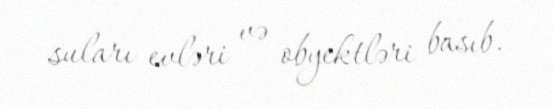
suları evləri və obyektləri basıb.